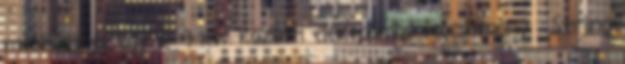
melléklet és egy 2-9 kw közötti elektromos teljesítményű Stirling